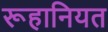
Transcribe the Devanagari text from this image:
रूहानियत